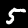
Digit: 5